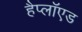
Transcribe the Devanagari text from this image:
हैप्लॉएड